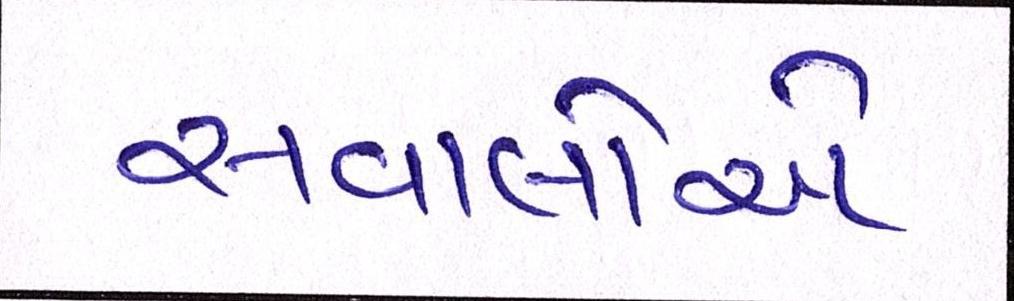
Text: સવાલોએ